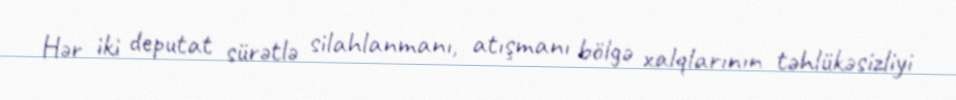
Hər iki deputat sürətlə silahlanmanı, atışmanı bölgə xalqlarının təhlükəsizliyi